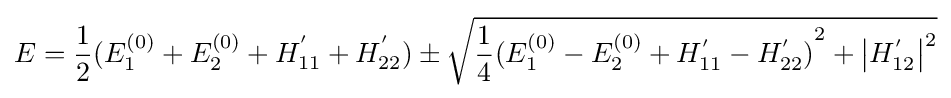
E={\frac {1}{2}}(E_{1}^{(0)}+E_{2}^{(0)}+H_{11}^{'}+H_{22}^{'})\pm {\sqrt {{\frac {1}{4}}{{(E_{1}^{(0)}-E_{2}^{(0)}+H_{11}^{'}-H_{22}^{'})}^{2}}+{{\left|H_{12}^{'}\right|}^{2}}}}